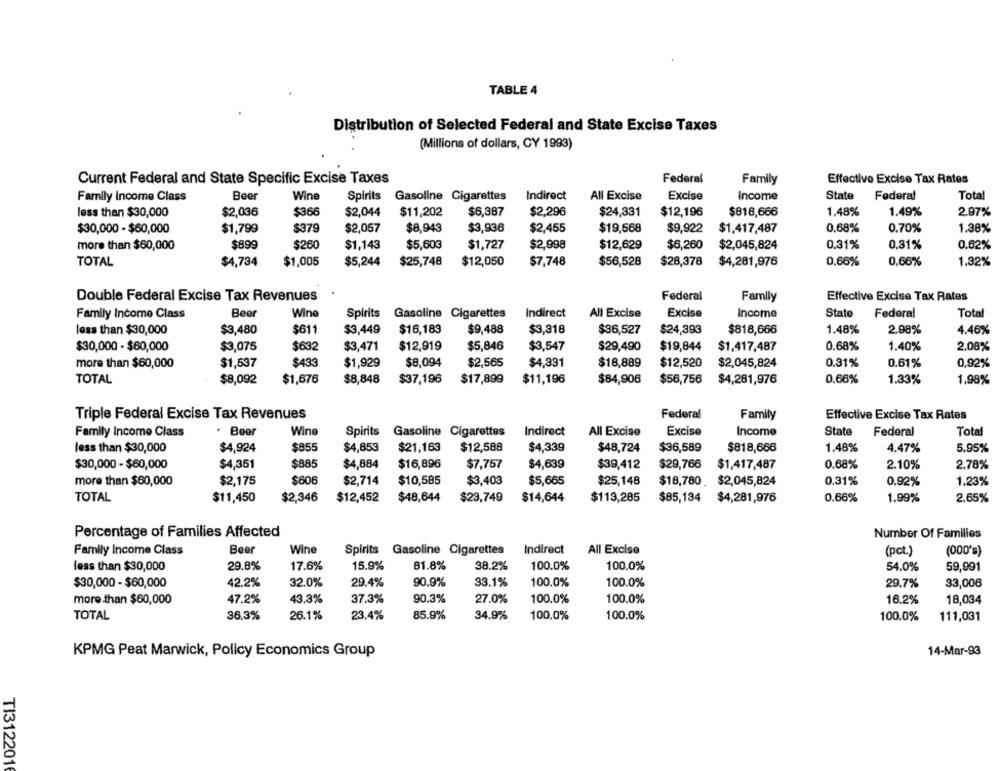
TABLE 4
Distribution of Selected Federal and State Excise Taxes
(Millions of dollars, CY 1993)
Federal
Current Federal and State Specific Excise Taxes
Family
Effective Excise Tax Rates
Family Income Class
Beer
Wine
Spirits Gasoline Cigarettes
Indirect
All Excise
Excise
Income
State
Federal
Total
less than $30,000
$2,036
$366
$2,044
$11,202
$6,387
$2,296
$24,331
$12,196
$818,666
1.48%
1.49%
2.97%
$30,000 - $60,000
$1,799
$379
$2,057
$8,943
$3,936
$2,455
$19,568
$9,922
$1,417,487
0.68%
0.70%
1.38%
more than $60,000
$899
$260
$1,143
$5,60€
$1,727
$2,998
$12,629
$6,260
$2,045,824
0.31%
0,31%
0.62%
TOTAL
$4,734
$1,005
$5,244
$25,748
$12,050
$7,748
$56,528
$28,378
$4,281,976
0,66%
0,66%
1.32%
Double Federal Excise Tax Revenues
Federal
Family
Effective Excise Tax Rates
Family Income Class
Beer
Wine
Spirits
Gasoline Cigarettes
Indirect
All Excise
Excise
Income
State
Federal
Total
less than $30,000
$3,480
$611
$3,449
$16,183
$9,488
$3,318
$96,527
$24,393
$818,666
1.48%
2.98%
4.46%
$30,000 - $60,000
$3,075
$632
$3,471
$12,919
$5,846
$3,547
$29,490
$19,844
$1.417,487
0.68%
1.40%
2,08%
more than $60,000
$1,537
$433
$1,929
$8,094
$2,565
$4,331
$18,889
$12,520
$2,045,824
0.31%
0.61%
0,92%
0,66%
TOTAL
$8,092
$1,676
$8,848
$37,196
$17,899
$11,196
$84,906
$56,756
$4,281,976
1.33%
1,98%
Triple Federal Excise Tax Revenues
Federal
Family
Effective Excise Tax Rates
Family Income Class
. Beer
Wine
Spirits
Gasoline Cigarettes
Indirect
All Excise
Excise
Income
State
Federal
Total
$4,924
$855
$4,853
$21,163
$12,588
$4,339
$48,724
$36,589
1.48%
4.47%
5.95%
less than $30,000
$818,666
$30,000 - $60,000
$4,351
$885
$4,884
$16,896
$7,757
$4,639
$39,412
$29,766
$1,417,487
0.68%
2.10%
2.78%
more than $60,000
$2,175
$606
$2,714
$10,585
$3,403
$5,665
$25,148
$18,780
$2,045,824
0.31%
0.92%
1.23%
TOTAL
$11,450
$2,346
$12,452
$48,644
$23,749
$14,644
$113,285
$85,134
$4,281,976
0.66%
1.99%
2.65%
Percentage of Families Affected
Number Of Families
Family Income Class
Beer
Wine
Spirits
Gasoline Cigarettes
Indirect
All Excise
(pct.)
(000's)
less than $30,000
29.8%
17.6%
15.9%
81.8%
38.2%
100.0%
100.0%
54.0%
59,991
$30,000 - $60,000
42.2%
32.0%
29.4%
90.9%
33.1%
100.0%
100.0%
29.7%
33,006
more than $60,000
47.2%
43.3%
37.3%
90.3%
27.0%
100.0%
100.0%
16.2%
18,034
TOTAL
36.3%
26.1%
23,4%
85.9%
34.9%
100.0%
100.0%
100.0%
111,031
KPMG Peat Marwick, Policy Economics Group
14-Mar-93
TI3122016